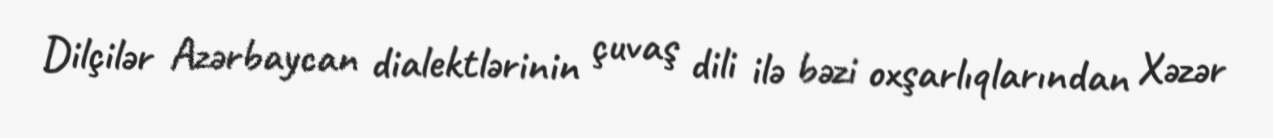
Dilçilər Azərbaycan dialektlərinin çuvaş dili ilə bəzi oxşarlıqlarından Xəzər